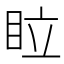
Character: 𥅈